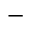
-